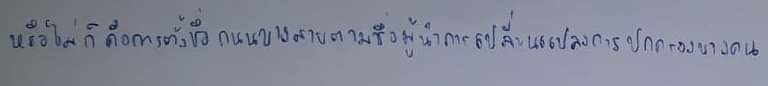
หรือไม่ก็คือการตั้งชื่อถนนบางสายตามชื่อผู้นำการเปลี่ยนแปลงการปกครองบางคน